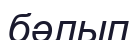
бәлып